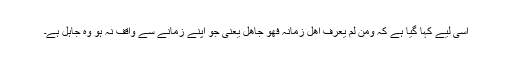
اسی لیے کہا گیا ہے کہ ومن لم یعرف اھل زمانہ فھو جاھل یعنی جو اپنے زمانے سے واقف نہ ہو وہ جاہل ہے۔